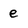
Character: e